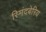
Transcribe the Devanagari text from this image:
स्मिंदबेरिय